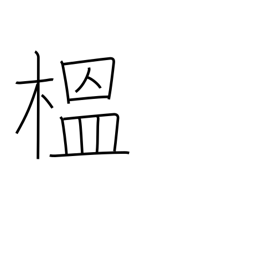
Meaning: quince